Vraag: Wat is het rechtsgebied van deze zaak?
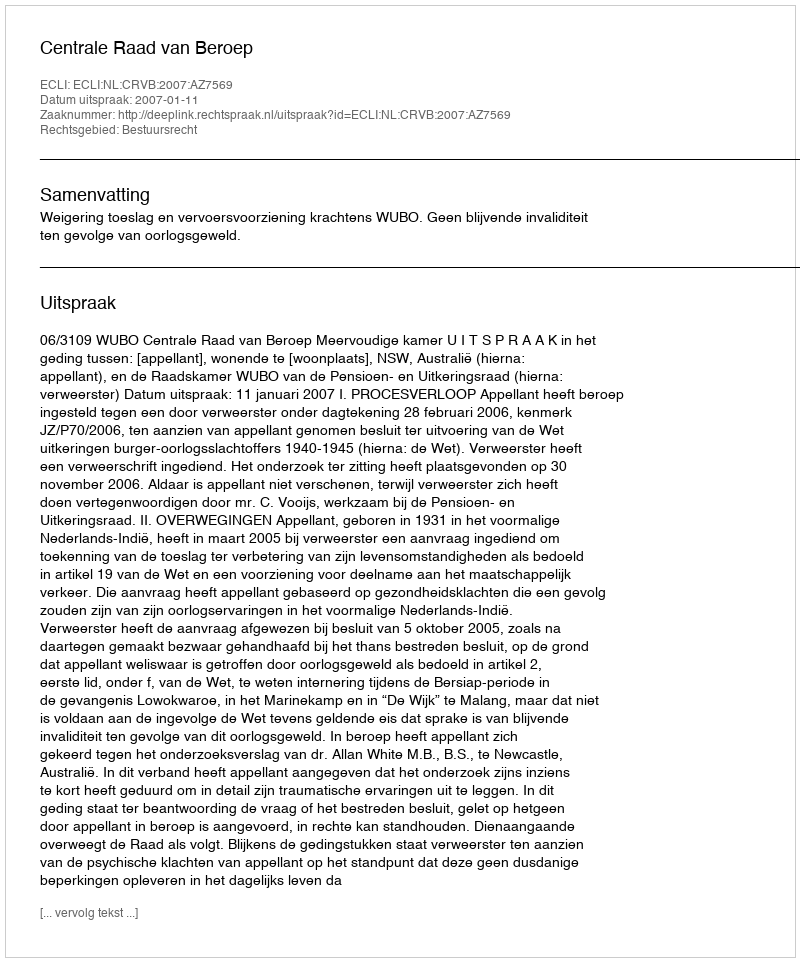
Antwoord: Bestuursrecht